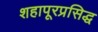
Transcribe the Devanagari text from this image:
शहापूरप्रसिद्ध